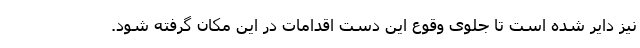
نیز دایر شده است تا جلوی وقوع این دست اقدامات در این مکان گرفته شود.